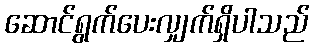
ဆောင်ရွက်ပေးလျှက်ရှိပါသည်